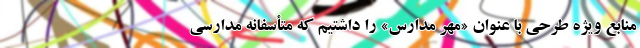
منابع ویژه طرحی با عنوان «مهر مدارس» را داشتیم که متأسفانه مدارسی